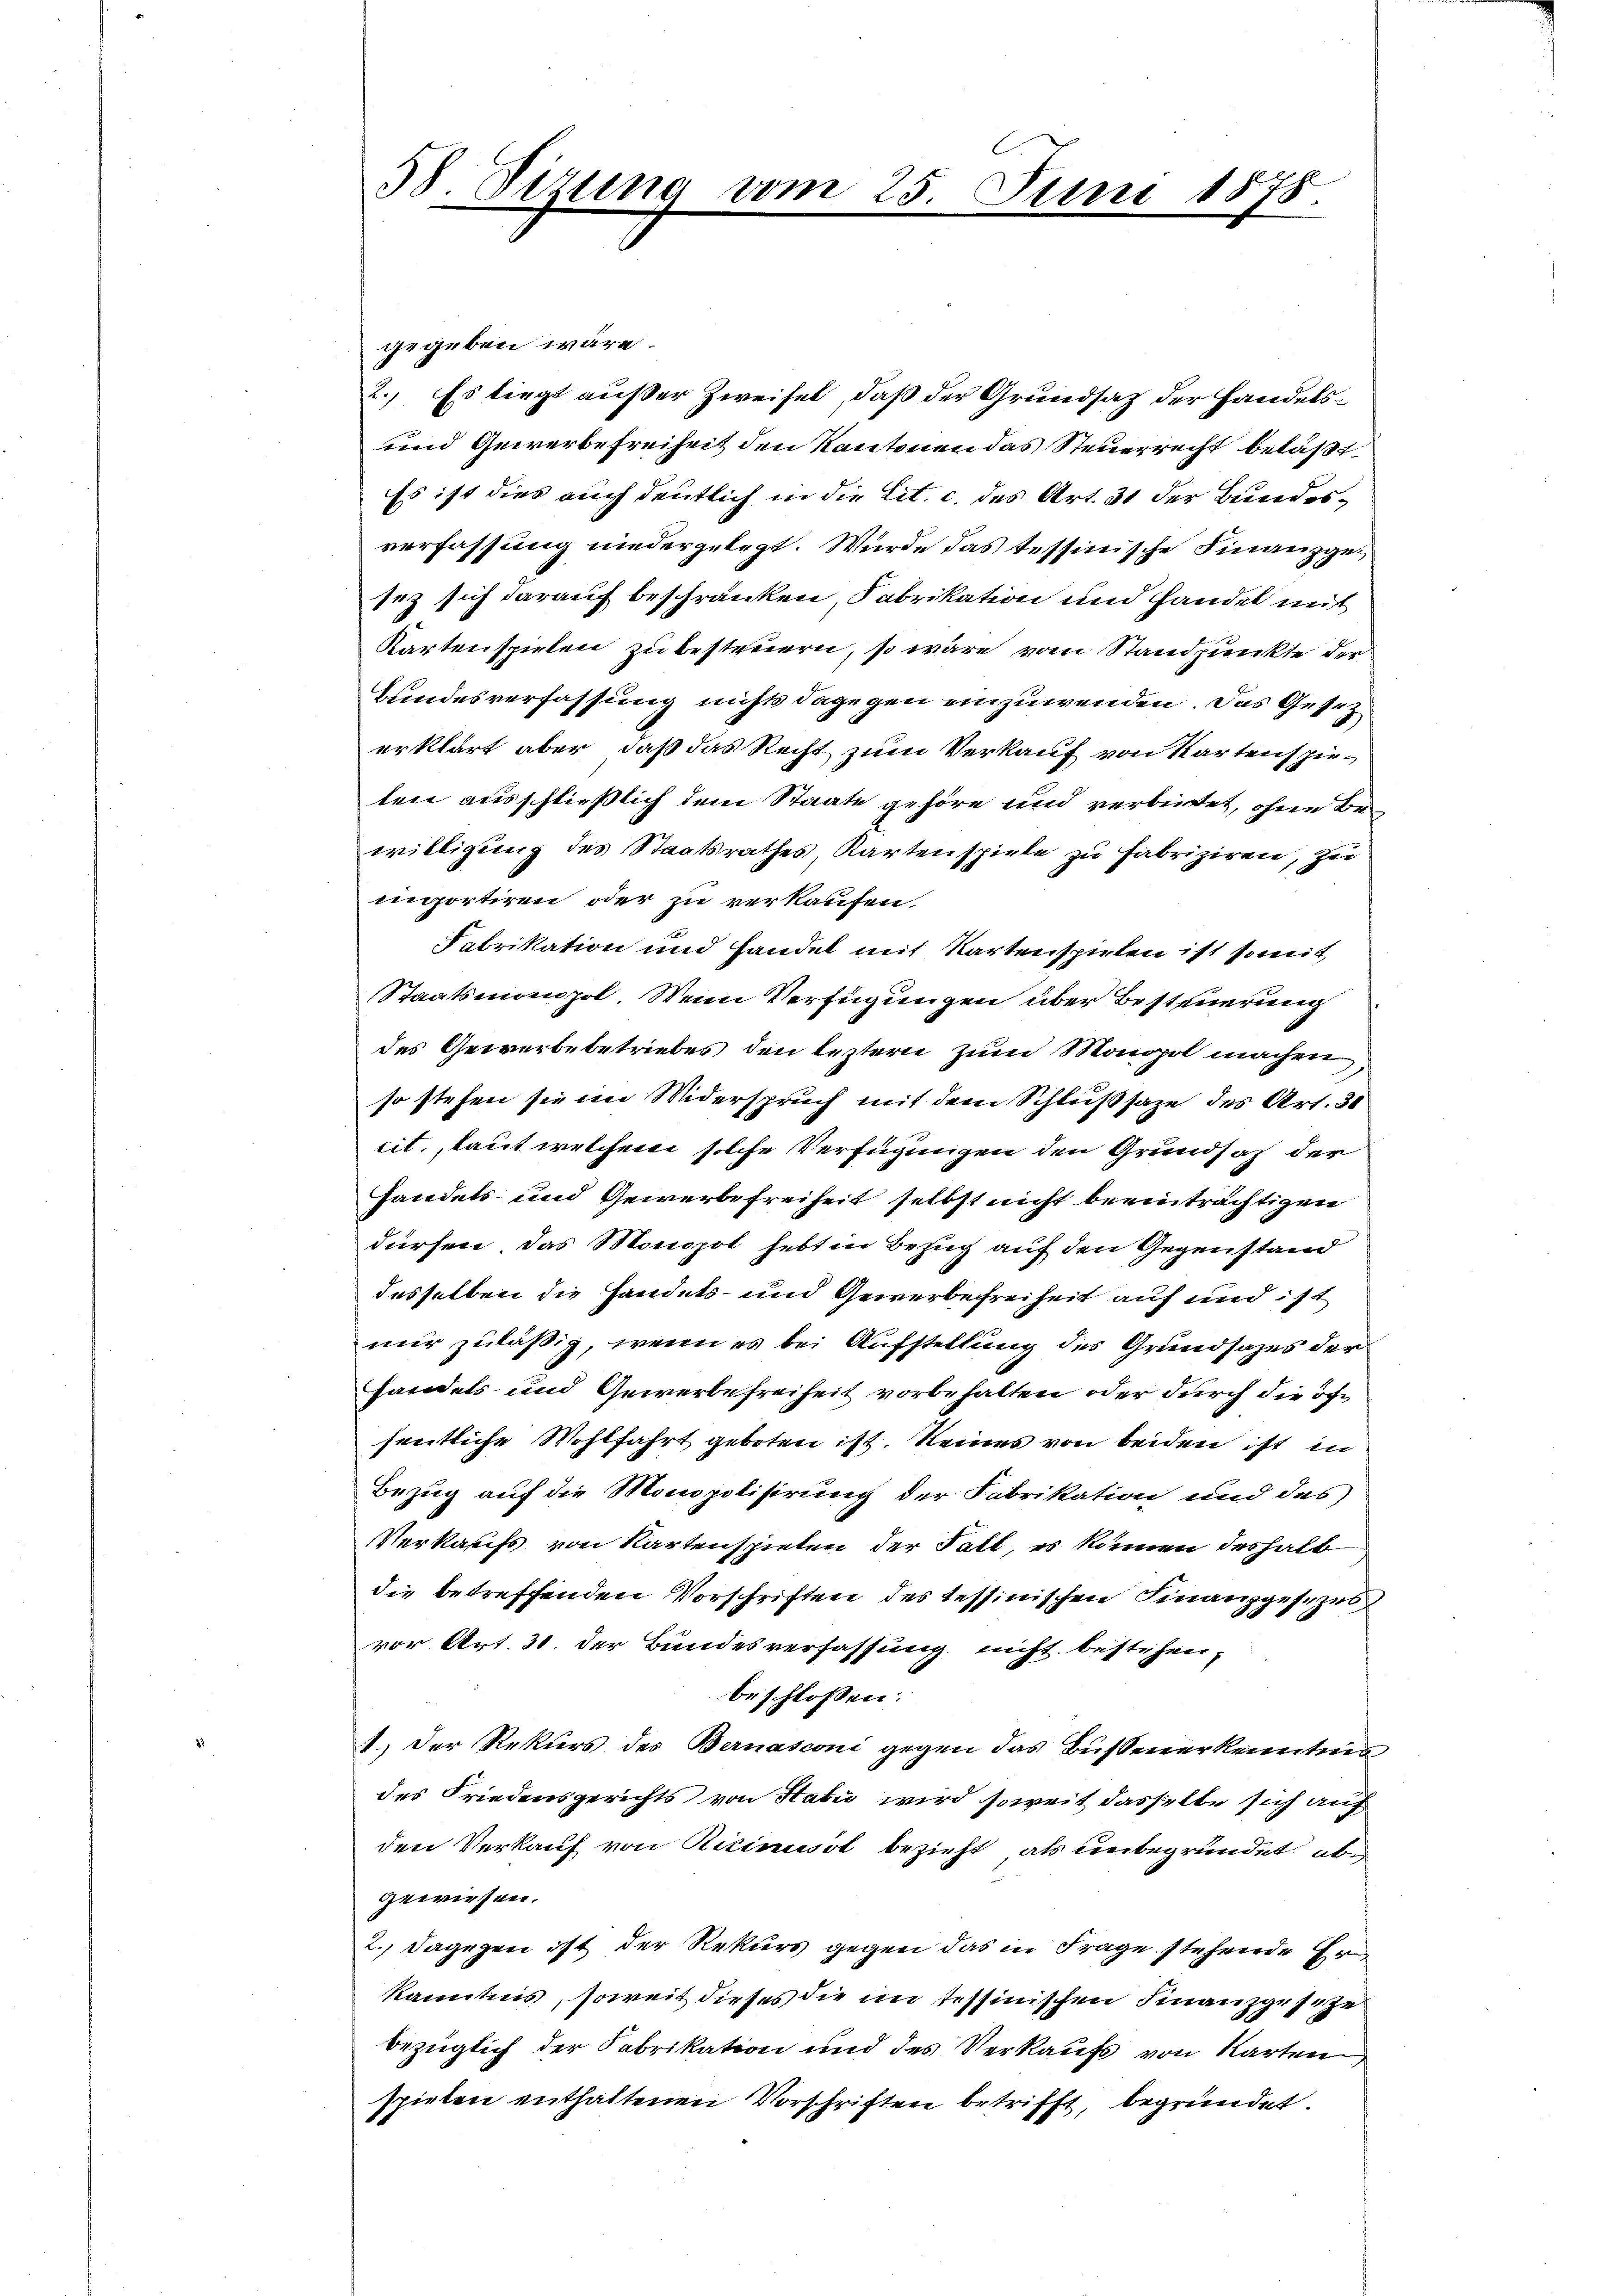
38. Sizung vom 25. Juni 1878.

gegeben wäre.
2.) Es liegt außer Zweifel, daß der Grundsatz der Handels¬
und Gewerbefreiheit den Kantonen das Steuerrecht beläst
Es ist dies auch deutlich in die Tit. c. des Art. 31 der Bundesverfassung niedergelegt. Wurde das tessinische Finanzges
sez sich darauf beschränken, Fabrikation und Handel mit
Kartenspielen zu besteuern, so wäre vom Standpunkte der
Bundesverfassung nichts dagegen einzuwenden. Das Gesetz
erklärt aber, daß das Recht zum Verkauf von Kartenspieten ausschließlich dem Staate gehöre und verbietet, ohne Bewilligung des Staatsrathes Kartenspiele zu fabriziren, zu
ingortiren oder zu verkaufen.
Fabrikation und Handel mit Kartenspielen ist somit
Staatsmanpol. Wein Verfügungen über Besteuerung
des Gewerbebetriebes den leztern zum Monopol machen,
so stehen sie im Widerspruch mit dem Schlußsaze des Art. 30
cit., laut welchem solche Verfügungen den Grundsaz der
handels und Gewerbefreiheit selbst nicht beeinträchtigen
dürfen. Das Monopol hebt in Bezug auf den Gegenstand
desselben die Handels- und Gewerbefreiheit auf und ist
mir zuläßig, wenn es bei Aufstellung des Grundsazes der
handels- und Gewerbefreiheit vorbehalten oder durch die öfsentliche Wohlfahrt geboten ist. Seines von beiden ist in
Bezug auf die Monopolisirung der Fabrikation und des
Verkaufs von Kartenspielen der Tatt, es können deshalb
die betreffenden Vorschriften des tessinischen Finanzgesezes
vor Art. 31. der Bundesverfassung nicht bestehen,
beschlossen:
1.) Der Rekurs des Bernasconi gegen das Bussenerkenntnis
des Friedensgerichts von Sabić wird soweit dasselbe sich auf
den Verkauf von Ricinist bezieht als unbegründet abgewiesen.
2.) Dagegen ist der Rekurs gegen das in Frage stehende Er
kanntnis, soweit dieses die im Tessinischen Finanzgeseze
bezüglich der Fabrikation und des Verkaufs von Karten
spielen enthaltenen Vorschriften betrifft, begründet.